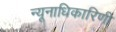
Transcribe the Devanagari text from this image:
न्यूनाधिकारिणी